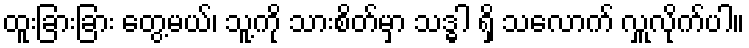
ထူးခြားခြား တွေ့မယ်၊ သူ့ကို သားစိတ်မှာ သဒ္ဓါ ရှိ သလောက် လှူလိုက်ပါ။